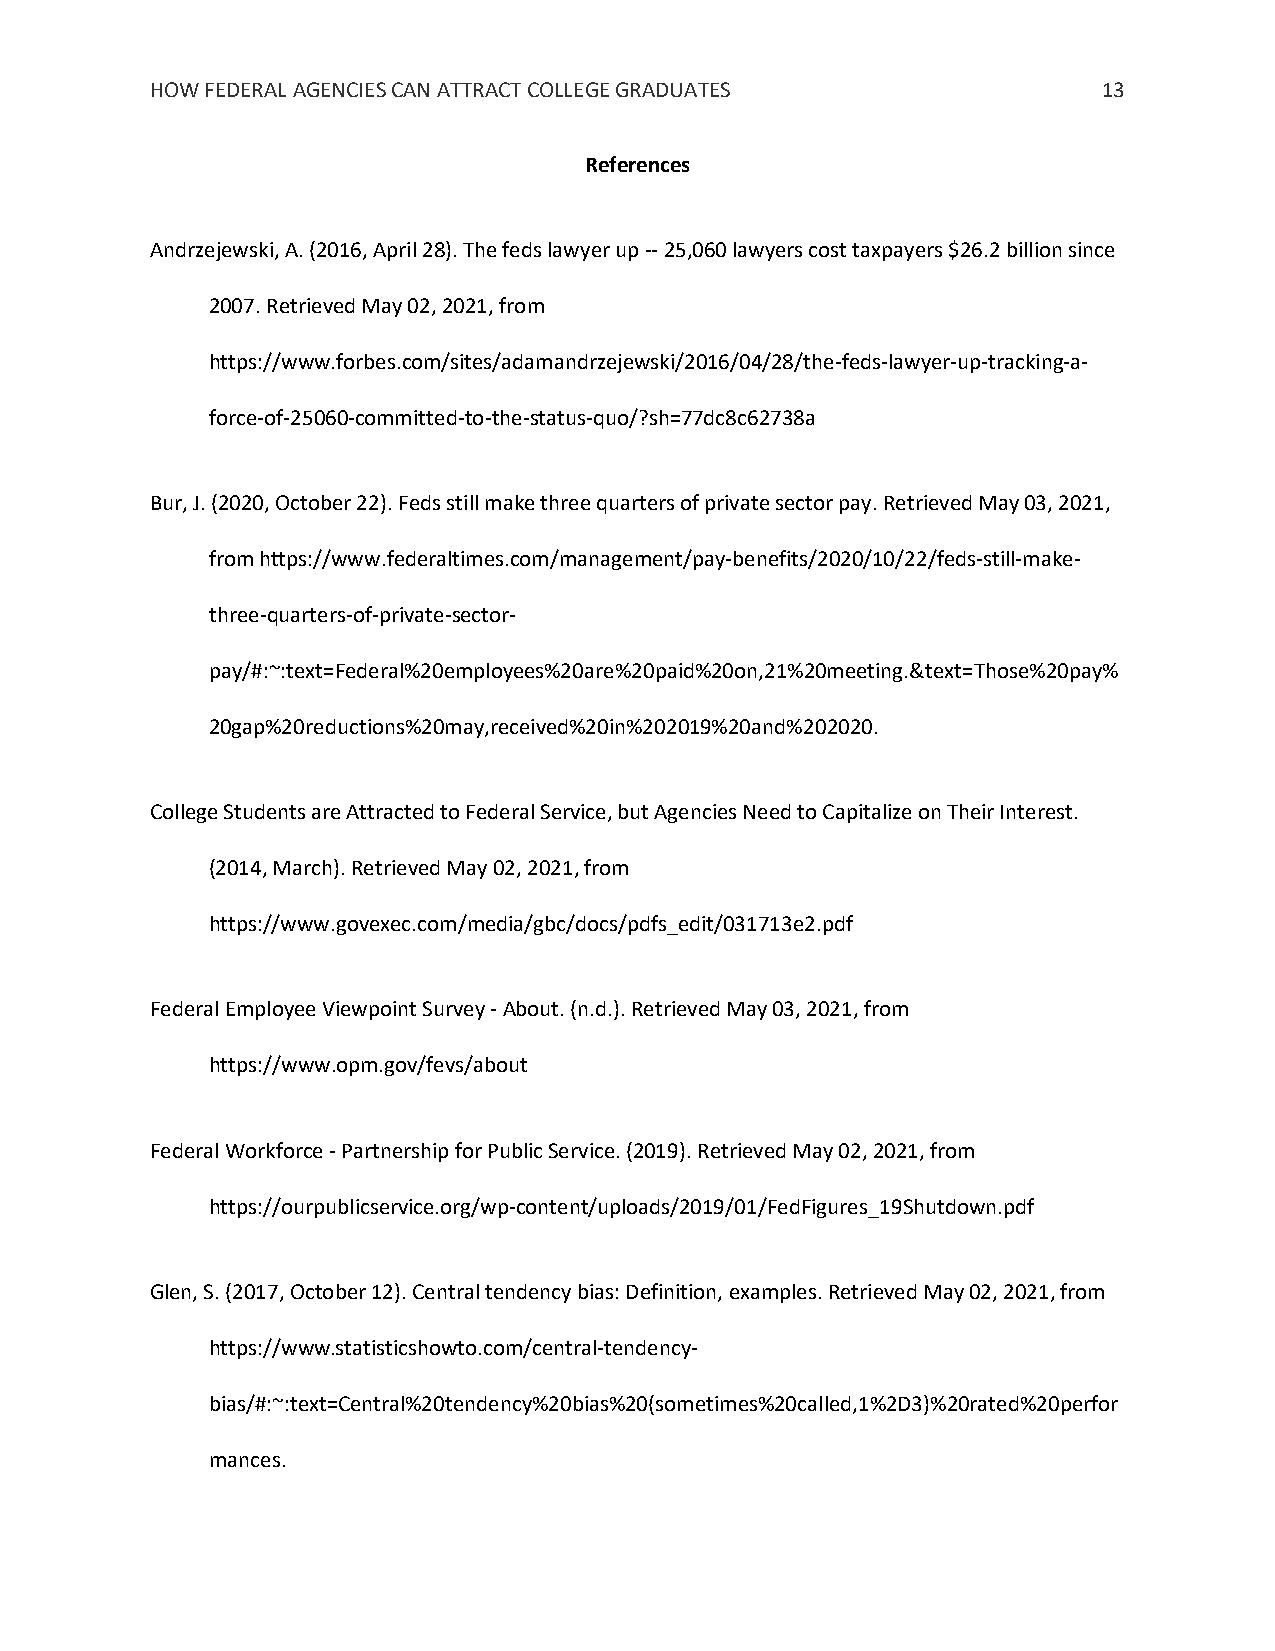
HOW FEDERAL AGENCIES CAN ATTRACT COLLEGE GRADUATES             13
 References
 Andrzejewski, A. (2016, April 28). The feds lawyer up -- 25,060 lawyers cost taxpayers $26.2 billion since
 2007. Retrieved May 02, 2021, from
 https://www.forbes.com/sites/adamandrzejewski/2016/04/28/the-feds-lawyer-up-tracking-a-
 force-of-25060-committed-to-the-status-quo/?sh=77dc8c62738a
 Bur, J. (2020, October 22). Feds still make three quarters of private sector pay. Retrieved May 03, 2021,
 from https://www.federaltimes.com/management/pay-benefits/2020/10/22/feds-still-make-
 three-quarters-of-private-sector-
 pay/#:~:text=Federal%20employees%20are%20paid%20on,21%20meeting.&text=Those%20pay%
 20gap%20reductions%20may,received%20in%202019%20and%202020.
 College Students are Attracted to Federal Service, but Agencies Need to Capitalize on Their Interest.
 (2014, March). Retrieved May 02, 2021, from
 https://www.govexec.com/media/gbc/docs/pdfs_edit/031713e2.pdf
 Federal Employee Viewpoint Survey - About. (n.d.). Retrieved May 03, 2021, from
 https://www.opm.gov/fevs/about
 Federal Workforce - Partnership for Public Service. (2019). Retrieved May 02, 2021, from
 https://ourpublicservice.org/wp-content/uploads/2019/01/FedFigures_19Shutdown.pdf
 Glen, S. (2017, October 12). Central tendency bias: Definition, examples. Retrieved May 02, 2021, from
 https://www.statisticshowto.com/central-tendency-
 bias/#:~:text=Central%20tendency%20bias%20(sometimes%20called,1%2D3)%20rated%20perfor
 mances.